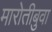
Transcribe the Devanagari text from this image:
मारोतीबुवा